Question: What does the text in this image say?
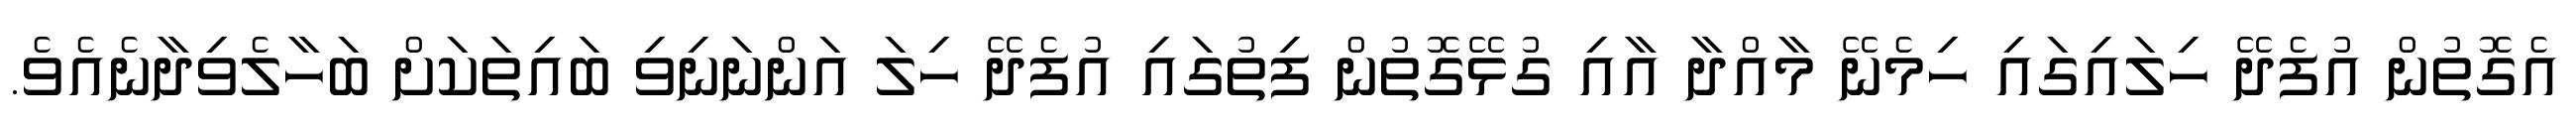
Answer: އެގޮތުން އުފެދޭ ހިލައިގައި ހިމެނޭ މާއްދާ އާއި ގުޅޭގޮތުން ފިތުގައި އުފެދޭ ހިލަ އަންނަނިވި ބައިތަކަށް ބަހާލެވިދާނެއެވެ.